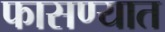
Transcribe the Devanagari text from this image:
फासण्यात